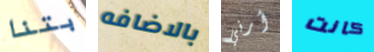
بتنا بالاضافه أرني كانت